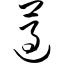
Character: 遵